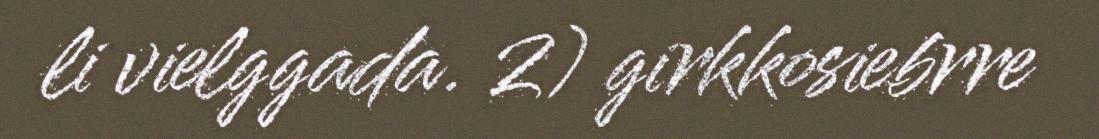
li vielggada. 2) girkkosiebrre